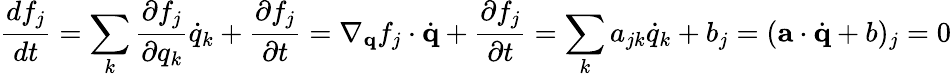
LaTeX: \frac{df_{j}}{dt}=\sum_{k}\frac{\partial f_{j}}{\partial q_{k}}\dot{q}_{k}+\frac{\partial f_{j}}{\partial t}=\nabla_{\mathbf{q}}f_{j}\cdot\dot{\mathbf{q}}+\frac{\partial f_{j}}{\partial t}=\sum_{k}a_{jk}\dot{q}_{k}+b_{j}=(\mathbf{a}\cdot\dot{\mathbf{q}}+b)_{j}=0